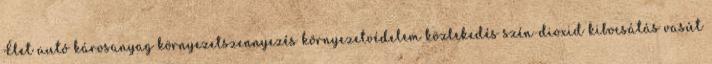
Élet autó károsanyag környezetszennyezés környezetvédelem közlekedés szén-dioxid kibocsátás vasút